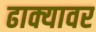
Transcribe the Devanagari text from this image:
ढाक्यावर